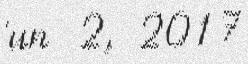
jun 2, 2017